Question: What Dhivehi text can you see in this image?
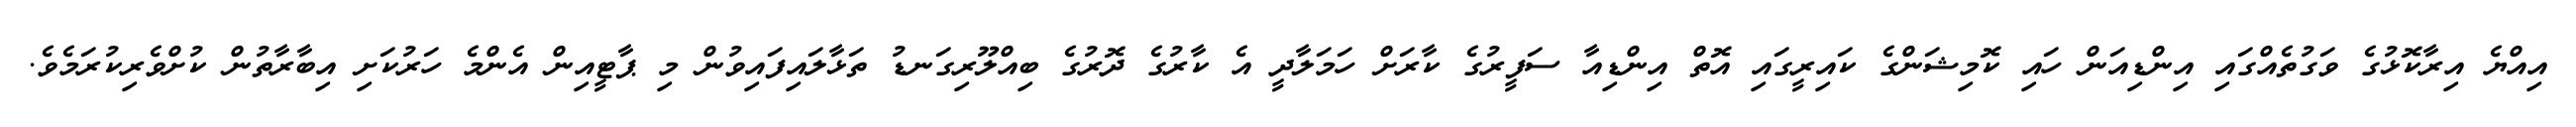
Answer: އިއްޔެ އިރާކޮޅުގެ ވަގުތެއްގައި އިންޑިއަން ހައި ކޮމިޝަންގެ ކައިރީގައި އޮތް އިންޑިއާ ސަފީރުގެ ކާރަށް ހަމަލާދީ އެ ކާރުގެ ދޮރުގެ ބިއްލޫރިގަނޑު ތަޅާލައިފައިވުން މި ޕާޓީއިން އެންމެ ހަރުކަށި އިބާރާތުން ކުށްވެރިކުރަމެވެ.